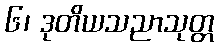
၆၊ ဒုတိယသညာသုတ္တ